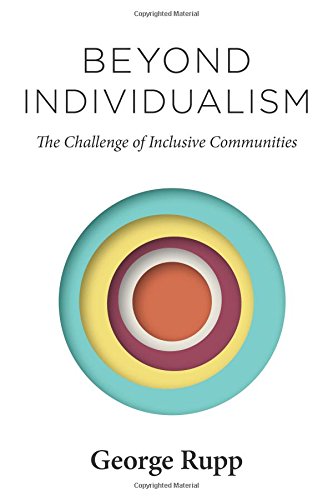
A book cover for Beyond Individualism: The Challenge of Inclusive Communities (Religion, Culture, and Public Life); George Rupp; Religion & Spirituality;